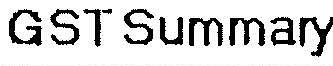
GST SUMMARY